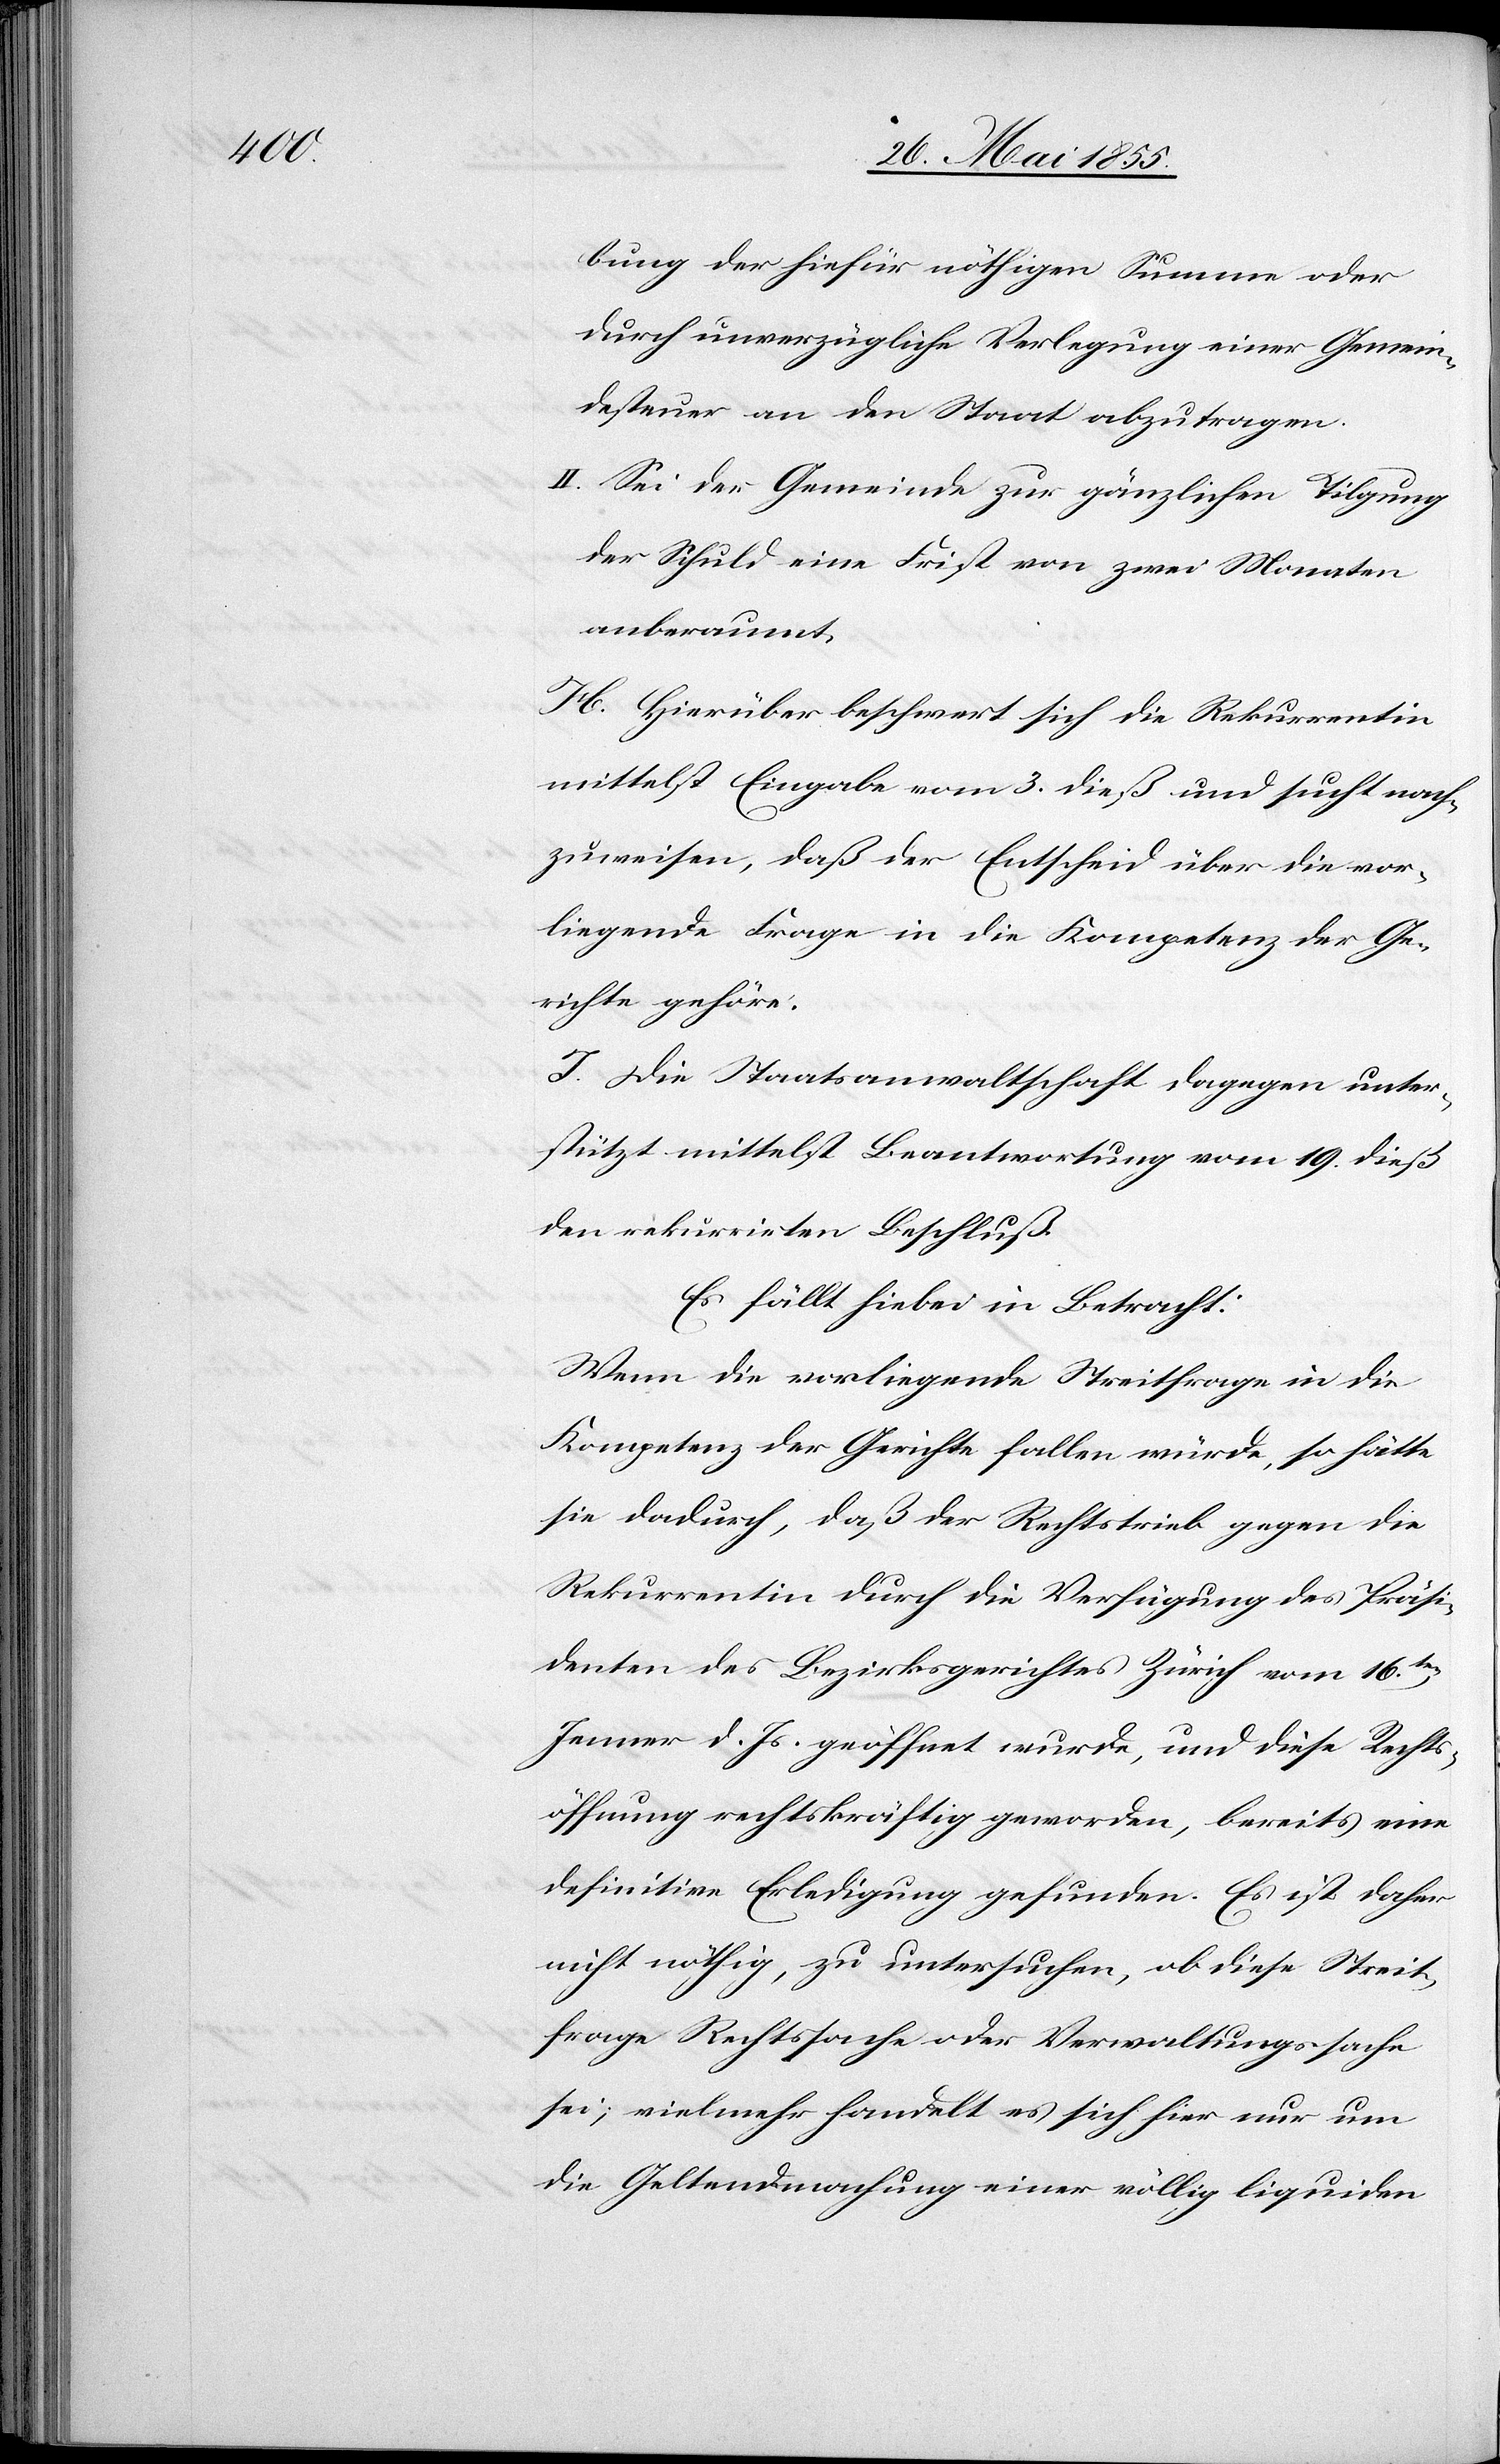
bung der hiefür nöthigen Summe oder
durch unverzügliche Verlegung einer Gemein¬
desteuer an den Staat abzutragen.
Sei der Gemeinde zur gänzlichen Tilgung
der Schuld eine Frist von zwei Monaten
anberaumt.
H. Hierüber beschwert sich die Rekurrentin
mittelst Eingabe vom 3. dieß und sucht nach¬
zuweisen, daß der Entscheid über die vor¬
liegende Frage in die Kompetenz der Ge¬
richte gehöre.
I. Die Staatsanwaltschaft dagegen unter¬
stützt mittelst Beantwortung vom 19. dieß
den rekurrirten Beschluß.
Es fällt hiebei in Betracht:
Wenn die vorliegende Streitfrage in die
Kompetenz der Gerichte fallen würde, so hätte
sie dadurch, daß der Rechtstrieb gegen die
Rekurrentin durch die Verfügung des Präsi¬
denten des Bezirksgerichtes Zürich vom 16ten.
Jenner d. Js. geöffnet wurde, und diese Rechts¬
öffnung rechtskräftig geworden, bereits eine
definitive Erledigung gefunden. Es ist daher
nicht nöthig, zu untersuchen, ob diese Streit¬
frage Rechtssache oder Verwaltungssache
sei; vielmehr handelt es sich hier nur um
die Geltendmachung einer völlig liquiden